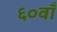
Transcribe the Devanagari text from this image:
६०वाँ